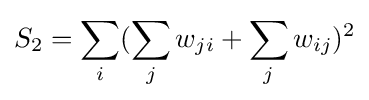
S_{2}=\sum _{i}(\sum _{j}w_{ji}+\sum _{j}w_{ij})^{2}